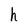
Character: h